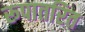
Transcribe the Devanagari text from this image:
रूपातरित